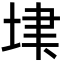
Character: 𡋶